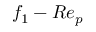
f _ { 1 } - R e _ { p }